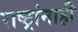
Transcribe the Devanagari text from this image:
राष्ट्रांनाही